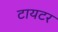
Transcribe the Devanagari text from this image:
टायटर